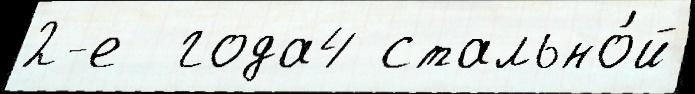
2-е  года4 стально́й